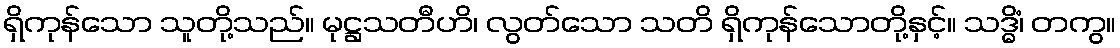
ရှိကုန်သော သူတို့သည်။ မုဋ္ဌသတီဟိ၊ လွတ်သော သတိ ရှိကုန်သောတို့နှင့်။ သဒ္ဓိံ၊ တကွ။